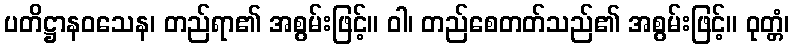
ပတိဋ္ဌာနဝသေန၊ တည်ရာ၏ အစွမ်းဖြင့်။ ဝါ၊ တည်စေတတ်သည်၏ အစွမ်းဖြင့်။ ဝုတ္တံ၊